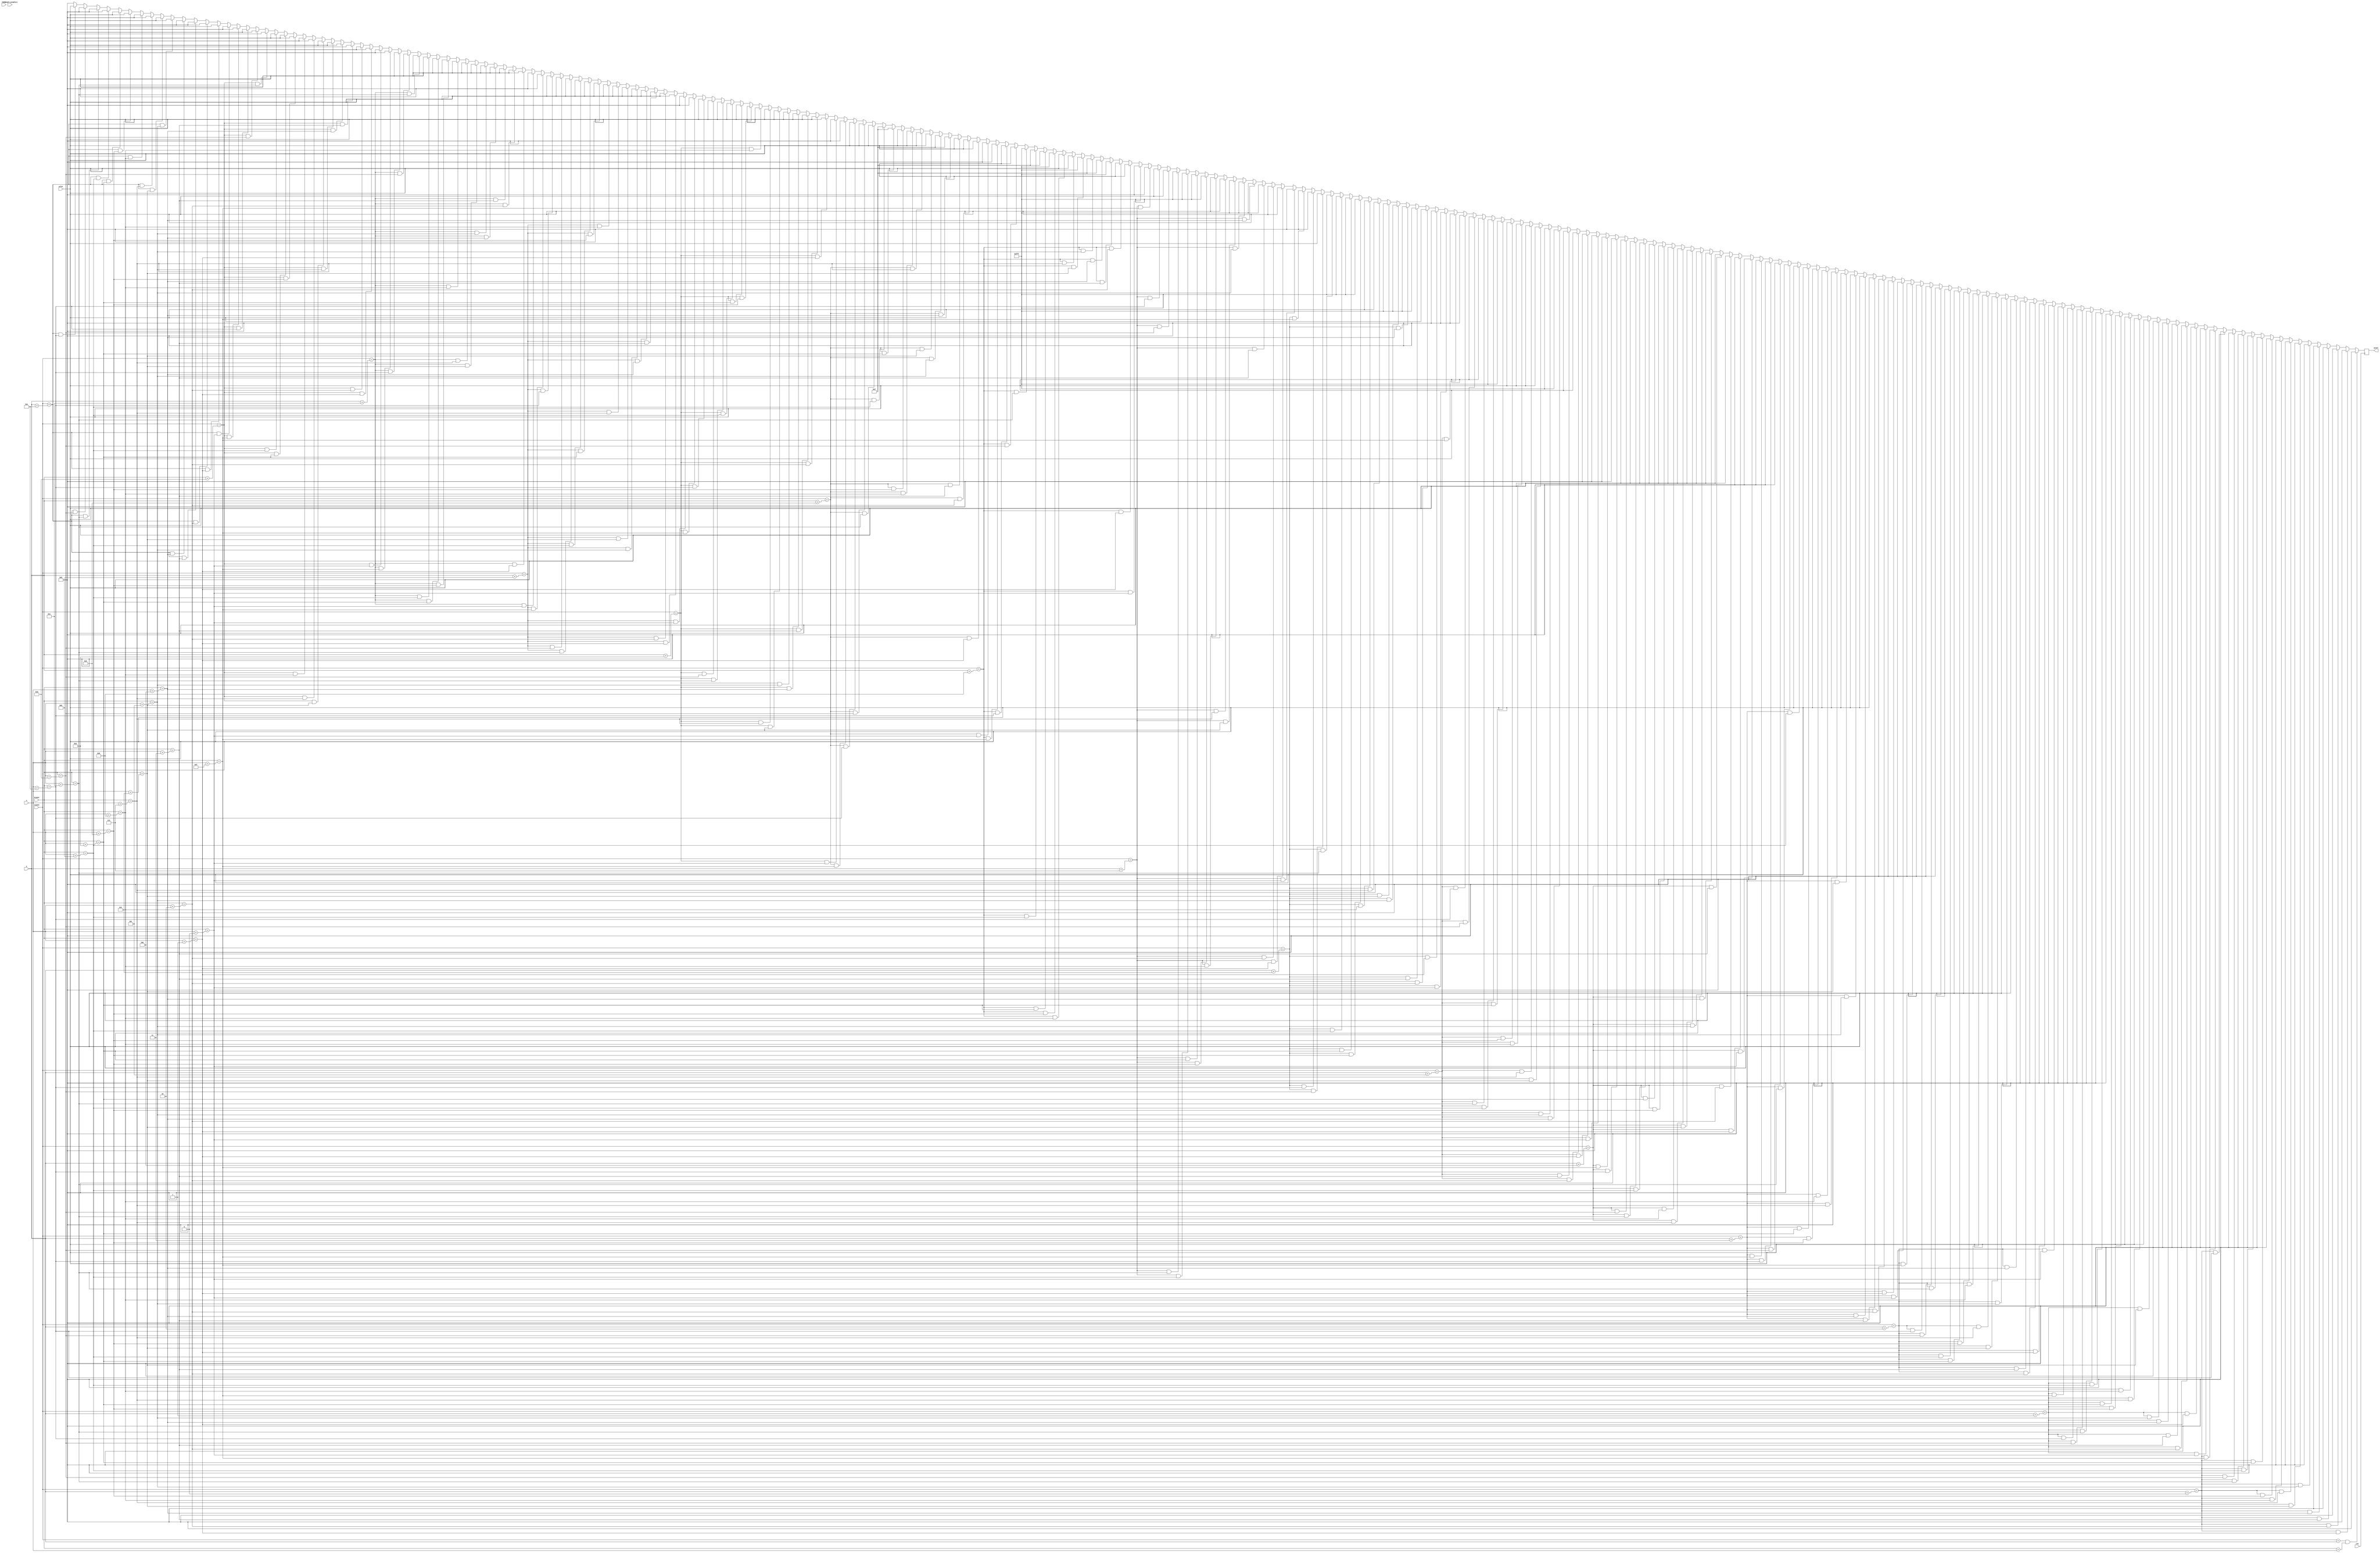
`timescale 1ns / 1ps
//////////////////////////////////////////////////////////////////////////////////
// Company: 
// Engineer: 
// 
// Design Name: 
// Module Name: ghost_down_rectangle
// Project Name: 
// Target Devices: 
// Tool Versions: 
// Description: 
// 
// Dependencies: 
// 
// Revision:
// Revision 0.01 - File Created
// Additional Comments:
// 
//////////////////////////////////////////////////////////////////////////////////


module ghost_down_rectangle(
    input clk,
    input reset,
    input triangle_graphics,
    input [10:0] hcount,
    input [9:0] vcount,
    input [10:0] x,
    input [9:0] y,
    input [11:0] color,
    output reg [11:0] pixel
    );
    
    always @(posedge clk) begin
        if (vcount == y && hcount == x) pixel <= 12'h000;
    else if (vcount == y + 0 && hcount == x + 1) pixel <= 12'h000;
    else if (vcount == y + 0 && hcount == x + 2) pixel <= 12'h000;
    else if (vcount == y + 0 && hcount == x + 3) pixel <= 12'h000;
    else if (vcount == y + 0 && hcount == x + 4) pixel <= 12'h000;
    else if (vcount == y + 0 && hcount == x + 5) pixel <= 12'h000;
    else if (vcount == y + 0 && hcount == x + 6) pixel <= 12'h000;
    else if (vcount == y + 0 && hcount == x + 7) pixel <= 12'h000;
    else if (vcount == y + 0 && hcount == x + 8) pixel <= 12'h000;
    else if (vcount == y + 0 && hcount == x + 9) pixel <= 12'h000;
    else if (vcount == y + 0 && hcount == x + 10) pixel <= 12'h000;
    else if (vcount == y + 0 && hcount == x + 11) pixel <= 12'h000;
    else if (vcount == y + 0 && hcount == x + 12) pixel <= 12'h000;
    else if (vcount == y + 0 && hcount == x + 13) pixel <= 12'h000;
    else if (vcount == y + 0 && hcount == x + 14) pixel <= 12'h000;
    else if (vcount == y + 0 && hcount == x + 15) pixel <= 12'h000;
    else if (vcount == y + 1 && hcount == x + 0) pixel <= 12'h000;
    else if (vcount == y + 1 && hcount == x + 1) pixel <= 12'h000;
    else if (vcount == y + 1 && hcount == x + 2) pixel <= 12'h000;
    else if (vcount == y + 1 && hcount == x + 3) pixel <= 12'h000;
    else if (vcount == y + 1 && hcount == x + 4) pixel <= 12'h000;
    else if (vcount == y + 1 && hcount == x + 5) pixel <= 12'h000;
    else if (vcount == y + 1 && hcount == x + 6) pixel <= color;
    else if (vcount == y + 1 && hcount == x + 7) pixel <= color;
    else if (vcount == y + 1 && hcount == x + 8) pixel <= color;
    else if (vcount == y + 1 && hcount == x + 9) pixel <= color;
    else if (vcount == y + 1 && hcount == x + 10) pixel <= 12'h000;
    else if (vcount == y + 1 && hcount == x + 11) pixel <= 12'h000;
    else if (vcount == y + 1 && hcount == x + 12) pixel <= 12'h000;
    else if (vcount == y + 1 && hcount == x + 13) pixel <= 12'h000;
    else if (vcount == y + 1 && hcount == x + 14) pixel <= 12'h000;
    else if (vcount == y + 1 && hcount == x + 15) pixel <= 12'h000;
    else if (vcount == y + 2 && hcount == x + 0) pixel <= 12'h000;
    else if (vcount == y + 2 && hcount == x + 1) pixel <= 12'h000;
    else if (vcount == y + 2 && hcount == x + 2) pixel <= 12'h000;
    else if (vcount == y + 2 && hcount == x + 3) pixel <= 12'h000;
    else if (vcount == y + 2 && hcount == x + 4) pixel <= color;
    else if (vcount == y + 2 && hcount == x + 5) pixel <= color;
    else if (vcount == y + 2 && hcount == x + 6) pixel <= color;
    else if (vcount == y + 2 && hcount == x + 7) pixel <= color;
    else if (vcount == y + 2 && hcount == x + 8) pixel <= color;
    else if (vcount == y + 2 && hcount == x + 9) pixel <= color;
    else if (vcount == y + 2 && hcount == x + 10) pixel <= color;
    else if (vcount == y + 2 && hcount == x + 11) pixel <= color;
    else if (vcount == y + 2 && hcount == x + 12) pixel <= 12'h000;
    else if (vcount == y + 2 && hcount == x + 13) pixel <= 12'h000;
    else if (vcount == y + 2 && hcount == x + 14) pixel <= 12'h000;
    else if (vcount == y + 2 && hcount == x + 15) pixel <= 12'h000;
    else if (vcount == y + 3 && hcount == x + 0) pixel <= 12'h000;
    else if (vcount == y + 3 && hcount == x + 1) pixel <= 12'h000;
    else if (vcount == y + 3 && hcount == x + 2) pixel <= 12'h000;
    else if (vcount == y + 3 && hcount == x + 3) pixel <= color;
    else if (vcount == y + 3 && hcount == x + 4) pixel <= color;
    else if (vcount == y + 3 && hcount == x + 5) pixel <= color;
    else if (vcount == y + 3 && hcount == x + 6) pixel <= color;
    else if (vcount == y + 3 && hcount == x + 7) pixel <= color;
    else if (vcount == y + 3 && hcount == x + 8) pixel <= color;
    else if (vcount == y + 3 && hcount == x + 9) pixel <= color;
    else if (vcount == y + 3 && hcount == x + 10) pixel <= color;
    else if (vcount == y + 3 && hcount == x + 11) pixel <= color;
    else if (vcount == y + 3 && hcount == x + 12) pixel <= color;
    else if (vcount == y + 3 && hcount == x + 13) pixel <= 12'h000;
    else if (vcount == y + 3 && hcount == x + 14) pixel <= 12'h000;
    else if (vcount == y + 3 && hcount == x + 15) pixel <= 12'h000;
    else if (vcount == y + 4 && hcount == x + 0) pixel <= 12'h000;
    else if (vcount == y + 4 && hcount == x + 1) pixel <= 12'h000;
    else if (vcount == y + 4 && hcount == x + 2) pixel <= color;
    else if (vcount == y + 4 && hcount == x + 3) pixel <= color;
    else if (vcount == y + 4 && hcount == x + 4) pixel <= color;
    else if (vcount == y + 4 && hcount == x + 5) pixel <= color;
    else if (vcount == y + 4 && hcount == x + 6) pixel <= color;
    else if (vcount == y + 4 && hcount == x + 7) pixel <= color;
    else if (vcount == y + 4 && hcount == x + 8) pixel <= color;
    else if (vcount == y + 4 && hcount == x + 9) pixel <= color;
    else if (vcount == y + 4 && hcount == x + 10) pixel <= color;
    else if (vcount == y + 4 && hcount == x + 11) pixel <= color;
    else if (vcount == y + 4 && hcount == x + 12) pixel <= color;
    else if (vcount == y + 4 && hcount == x + 13) pixel <= color;
    else if (vcount == y + 4 && hcount == x + 14) pixel <= 12'h000;
    else if (vcount == y + 4 && hcount == x + 15) pixel <= 12'h000;
    else if (vcount == y + 5 && hcount == x + 0) pixel <= 12'h000;
    else if (vcount == y + 5 && hcount == x + 1) pixel <= 12'h000;
    else if (vcount == y + 5 && hcount == x + 2) pixel <= color;
    else if (vcount == y + 5 && hcount == x + 3) pixel <= color;
    else if (vcount == y + 5 && hcount == x + 4) pixel <= 12'hFFF;
    else if (vcount == y + 5 && hcount == x + 5) pixel <= 12'hFFF;
    else if (vcount == y + 5 && hcount == x + 6) pixel <= color;
    else if (vcount == y + 5 && hcount == x + 7) pixel <= color;
    else if (vcount == y + 5 && hcount == x + 8) pixel <= color;
    else if (vcount == y + 5 && hcount == x + 9) pixel <= color;
    else if (vcount == y + 5 && hcount == x + 10) pixel <= 12'hFFF;
    else if (vcount == y + 5 && hcount == x + 11) pixel <= 12'hFFF;
    else if (vcount == y + 5 && hcount == x + 12) pixel <= color;
    else if (vcount == y + 5 && hcount == x + 13) pixel <= color;
    else if (vcount == y + 5 && hcount == x + 14) pixel <= 12'h000;
    else if (vcount == y + 5 && hcount == x + 15) pixel <= 12'h000;
    else if (vcount == y + 6 && hcount == x + 0) pixel <= 12'h000;
    else if (vcount == y + 6 && hcount == x + 1) pixel <= 12'h000;
    else if (vcount == y + 6 && hcount == x + 2) pixel <= color;
    else if (vcount == y + 6 && hcount == x + 3) pixel <= 12'hFFF;
    else if (vcount == y + 6 && hcount == x + 4) pixel <= 12'hFFF;
    else if (vcount == y + 6 && hcount == x + 5) pixel <= 12'hFFF;
    else if (vcount == y + 6 && hcount == x + 6) pixel <= 12'hFFF;
    else if (vcount == y + 6 && hcount == x + 7) pixel <= color;
    else if (vcount == y + 6 && hcount == x + 8) pixel <= color;
    else if (vcount == y + 6 && hcount == x + 9) pixel <= 12'hFFF;
    else if (vcount == y + 6 && hcount == x + 10) pixel <= 12'hFFF;
    else if (vcount == y + 6 && hcount == x + 11) pixel <= 12'hFFF;
    else if (vcount == y + 6 && hcount == x + 12) pixel <= 12'hFFF;
    else if (vcount == y + 6 && hcount == x + 13) pixel <= color;
    else if (vcount == y + 6 && hcount == x + 14) pixel <= 12'h000;
    else if (vcount == y + 6 && hcount == x + 15) pixel <= 12'h000;
    else if (vcount == y + 7 && hcount == x + 0) pixel <= 12'h000;
    else if (vcount == y + 7 && hcount == x + 1) pixel <= color;
    else if (vcount == y + 7 && hcount == x + 2) pixel <= color;
    else if (vcount == y + 7 && hcount == x + 3) pixel <= 12'hFFF;
    else if (vcount == y + 7 && hcount == x + 4) pixel <= 12'hFFF;
    else if (vcount == y + 7 && hcount == x + 5) pixel <= 12'hFFF;
    else if (vcount == y + 7 && hcount == x + 6) pixel <= 12'hFFF;
    else if (vcount == y + 7 && hcount == x + 7) pixel <= color;
    else if (vcount == y + 7 && hcount == x + 8) pixel <= color;
    else if (vcount == y + 7 && hcount == x + 9) pixel <= 12'hFFF;
    else if (vcount == y + 7 && hcount == x + 10) pixel <= 12'hFFF;
    else if (vcount == y + 7 && hcount == x + 11) pixel <= 12'hFFF;
    else if (vcount == y + 7 && hcount == x + 12) pixel <= 12'hFFF;
    else if (vcount == y + 7 && hcount == x + 13) pixel <= color;
    else if (vcount == y + 7 && hcount == x + 14) pixel <= color;
    else if (vcount == y + 7 && hcount == x + 15) pixel <= 12'h000;
    else if (vcount == y + 8 && hcount == x + 0) pixel <= 12'h000;
    else if (vcount == y + 8 && hcount == x + 1) pixel <= color;
    else if (vcount == y + 8 && hcount == x + 2) pixel <= color;
    else if (vcount == y + 8 && hcount == x + 3) pixel <= 12'hFFF;
    else if (vcount == y + 8 && hcount == x + 4) pixel <= 12'h00F;
    else if (vcount == y + 8 && hcount == x + 5) pixel <= 12'h00F;
    else if (vcount == y + 8 && hcount == x + 6) pixel <= 12'hFFF;
    else if (vcount == y + 8 && hcount == x + 7) pixel <= color;
    else if (vcount == y + 8 && hcount == x + 8) pixel <= color;
    else if (vcount == y + 8 && hcount == x + 9) pixel <= 12'hFFF;
    else if (vcount == y + 8 && hcount == x + 10) pixel <= 12'h00F;
    else if (vcount == y + 8 && hcount == x + 11) pixel <= 12'h00F;
    else if (vcount == y + 8 && hcount == x + 12) pixel <= 12'hFFF;
    else if (vcount == y + 8 && hcount == x + 13) pixel <= color;
    else if (vcount == y + 8 && hcount == x + 14) pixel <= color;
    else if (vcount == y + 8 && hcount == x + 15) pixel <= 12'h000;
    else if (vcount == y + 9 && hcount == x + 0) pixel <= 12'h000;
    else if (vcount == y + 9 && hcount == x + 1) pixel <= color;
    else if (vcount == y + 9 && hcount == x + 2) pixel <= color;
    else if (vcount == y + 9 && hcount == x + 3) pixel <= color;
    else if (vcount == y + 9 && hcount == x + 4) pixel <= 12'h00F;
    else if (vcount == y + 9 && hcount == x + 5) pixel <= 12'h00F;
    else if (vcount == y + 9 && hcount == x + 6) pixel <= color;
    else if (vcount == y + 9 && hcount == x + 7) pixel <= color;
    else if (vcount == y + 9 && hcount == x + 8) pixel <= color;
    else if (vcount == y + 9 && hcount == x + 9) pixel <= color;
    else if (vcount == y + 9 && hcount == x + 10) pixel <= 12'h00F;
    else if (vcount == y + 9 && hcount == x + 11) pixel <= 12'h00F;
    else if (vcount == y + 9 && hcount == x + 12) pixel <= color;
    else if (vcount == y + 9 && hcount == x + 13) pixel <= color;
    else if (vcount == y + 9 && hcount == x + 14) pixel <= color;
    else if (vcount == y + 9 && hcount == x + 15) pixel <= 12'h000;
    else if (vcount == y + 10 && hcount == x + 0) pixel <= 12'h000;
    else if (vcount == y + 10 && hcount == x + 1) pixel <= color;
    else if (vcount == y + 10 && hcount == x + 2) pixel <= color;
    else if (vcount == y + 10 && hcount == x + 3) pixel <= color;
    else if (vcount == y + 10 && hcount == x + 4) pixel <= color;
    else if (vcount == y + 10 && hcount == x + 5) pixel <= color;
    else if (vcount == y + 10 && hcount == x + 6) pixel <= color;
    else if (vcount == y + 10 && hcount == x + 7) pixel <= color;
    else if (vcount == y + 10 && hcount == x + 8) pixel <= color;
    else if (vcount == y + 10 && hcount == x + 9) pixel <= color;
    else if (vcount == y + 10 && hcount == x + 10) pixel <= color;
    else if (vcount == y + 10 && hcount == x + 11) pixel <= color;
    else if (vcount == y + 10 && hcount == x + 12) pixel <= color;
    else if (vcount == y + 10 && hcount == x + 13) pixel <= color;
    else if (vcount == y + 10 && hcount == x + 14) pixel <= color;
    else if (vcount == y + 10 && hcount == x + 15) pixel <= 12'h000;
    else if (vcount == y + 11 && hcount == x + 0) pixel <= 12'h000;
    else if (vcount == y + 11 && hcount == x + 1) pixel <= color;
    else if (vcount == y + 11 && hcount == x + 2) pixel <= color;
    else if (vcount == y + 11 && hcount == x + 3) pixel <= color;
    else if (vcount == y + 11 && hcount == x + 4) pixel <= color;
    else if (vcount == y + 11 && hcount == x + 5) pixel <= color;
    else if (vcount == y + 11 && hcount == x + 6) pixel <= color;
    else if (vcount == y + 11 && hcount == x + 7) pixel <= color;
    else if (vcount == y + 11 && hcount == x + 8) pixel <= color;
    else if (vcount == y + 11 && hcount == x + 9) pixel <= color;
    else if (vcount == y + 11 && hcount == x + 10) pixel <= color;
    else if (vcount == y + 11 && hcount == x + 11) pixel <= color;
    else if (vcount == y + 11 && hcount == x + 12) pixel <= color;
    else if (vcount == y + 11 && hcount == x + 13) pixel <= color;
    else if (vcount == y + 11 && hcount == x + 14) pixel <= color;
    else if (vcount == y + 11 && hcount == x + 15) pixel <= 12'h000;
    else if (vcount == y + 12 && hcount == x + 0) pixel <= 12'h000;
    else if (vcount == y + 12 && hcount == x + 1) pixel <= color;
    else if (vcount == y + 12 && hcount == x + 2) pixel <= color;
    else if (vcount == y + 12 && hcount == x + 3) pixel <= color;
    else if (vcount == y + 12 && hcount == x + 4) pixel <= color;
    else if (vcount == y + 12 && hcount == x + 5) pixel <= color;
    else if (vcount == y + 12 && hcount == x + 6) pixel <= color;
    else if (vcount == y + 12 && hcount == x + 7) pixel <= color;
    else if (vcount == y + 12 && hcount == x + 8) pixel <= color;
    else if (vcount == y + 12 && hcount == x + 9) pixel <= color;
    else if (vcount == y + 12 && hcount == x + 10) pixel <= color;
    else if (vcount == y + 12 && hcount == x + 11) pixel <= color;
    else if (vcount == y + 12 && hcount == x + 12) pixel <= color;
    else if (vcount == y + 12 && hcount == x + 13) pixel <= color;
    else if (vcount == y + 12 && hcount == x + 14) pixel <= color;
    else if (vcount == y + 12 && hcount == x + 15) pixel <= 12'h000;
    else if (vcount == y + 13 && hcount == x + 0) pixel <= 12'h000;
    else if (vcount == y + 13 && hcount == x + 1) pixel <= color;
    else if (vcount == y + 13 && hcount == x + 2) pixel <= color;
    else if (vcount == y + 13 && hcount == x + 3) pixel <= 12'h000;
    else if (vcount == y + 13 && hcount == x + 4) pixel <= color;
    else if (vcount == y + 13 && hcount == x + 5) pixel <= color;
    else if (vcount == y + 13 && hcount == x + 6) pixel <= color;
    else if (vcount == y + 13 && hcount == x + 7) pixel <= 12'h000;
    else if (vcount == y + 13 && hcount == x + 8) pixel <= 12'h000;
    else if (vcount == y + 13 && hcount == x + 9) pixel <= color;
    else if (vcount == y + 13 && hcount == x + 10) pixel <= color;
    else if (vcount == y + 13 && hcount == x + 11) pixel <= color;
    else if (vcount == y + 13 && hcount == x + 12) pixel <= 12'h000;
    else if (vcount == y + 13 && hcount == x + 13) pixel <= color;
    else if (vcount == y + 13 && hcount == x + 14) pixel <= color;
    else if (vcount == y + 13 && hcount == x + 15) pixel <= 12'h000;
    else if (vcount == y + 14 && hcount == x + 0) pixel <= 12'h000;
    else if (vcount == y + 14 && hcount == x + 1) pixel <= color;
    else if (vcount == y + 14 && hcount == x + 2) pixel <= 12'h000;
    else if (vcount == y + 14 && hcount == x + 3) pixel <= 12'h000;
    else if (vcount == y + 14 && hcount == x + 4) pixel <= 12'h000;
    else if (vcount == y + 14 && hcount == x + 5) pixel <= color;
    else if (vcount == y + 14 && hcount == x + 6) pixel <= color;
    else if (vcount == y + 14 && hcount == x + 7) pixel <= 12'h000;
    else if (vcount == y + 14 && hcount == x + 8) pixel <= 12'h000;
    else if (vcount == y + 14 && hcount == x + 9) pixel <= color;
    else if (vcount == y + 14 && hcount == x + 10) pixel <= color;
    else if (vcount == y + 14 && hcount == x + 11) pixel <= 12'h000;
    else if (vcount == y + 14 && hcount == x + 12) pixel <= 12'h000;
    else if (vcount == y + 14 && hcount == x + 13) pixel <= 12'h000;
    else if (vcount == y + 14 && hcount == x + 14) pixel <= color;
    else if (vcount == y + 14 && hcount == x + 15) pixel <= 12'h000;
    else if (vcount == y + 15 && hcount == x + 0) pixel <= 12'h000;
    else if (vcount == y + 15 && hcount == x + 1) pixel <= 12'h000;
    else if (vcount == y + 15 && hcount == x + 2) pixel <= 12'h000;
    else if (vcount == y + 15 && hcount == x + 3) pixel <= 12'h000;
    else if (vcount == y + 15 && hcount == x + 4) pixel <= 12'h000;
    else if (vcount == y + 15 && hcount == x + 5) pixel <= 12'h000;
    else if (vcount == y + 15 && hcount == x + 6) pixel <= 12'h000;
    else if (vcount == y + 15 && hcount == x + 7) pixel <= 12'h000;
    else if (vcount == y + 15 && hcount == x + 8) pixel <= 12'h000;
    else if (vcount == y + 15 && hcount == x + 9) pixel <= 12'h000;
    else if (vcount == y + 15 && hcount == x + 10) pixel <= 12'h000;
    else if (vcount == y + 15 && hcount == x + 11) pixel <= 12'h000;
    else if (vcount == y + 15 && hcount == x + 12) pixel <= 12'h000;
    else if (vcount == y + 15 && hcount == x + 13) pixel <= 12'h000;
    else if (vcount == y + 15 && hcount == x + 14) pixel <= 12'h000;
    else if (vcount == y + 15 && hcount == x + 15) pixel <= 12'h000;
    else pixel <= 12'h000;
    end
endmodule